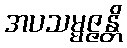
အပသမ္မဇ္ဇန္တိ